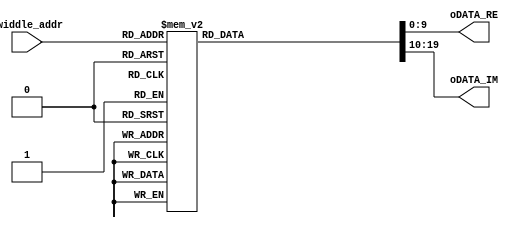
//********************************************************************************************************
//
//   Title             : TW_ROM
//   Related document  : TM-2008-XX-XX.hwp/doc/ppt/vsd
//   Organization      : SoC Design Lab.
//                      School of Electrics, Telecommunications and Computer Engineering (ETCE)
//                      Korea Aerospace University (KAU)
//
//   Simulator         : ModelSim SE 6.1f
//   Synthesizer       : Synopsys
//   related document  : xxx.vsd
//   function		   :
//
//   Created date      : 2010-11-14
//   Last updated date : 2009-11-15
//   Update notice     : {date} - {comments}
//
//   Version           : Ver0.0
//
//********************************************************************************************************/
// Updated by Kim Kyeong-min
// From 8-point to 16-point
//********************************************************************************************************/

`timescale 1 ns / 100 ps

module TW_ROM(twiddle_addr,
              oDATA_RE,
              oDATA_IM);
    
    parameter WL = 10;
    parameter WN = 3;
    
    parameter paraP0000 = 10'b0000000000; // 0.0000 = sin(0) = sin(pi) = cos(pi/2)
    parameter paraP3827 = 10'b0011000100; // 0.3827 = sin(pi/8) = sin(7pi/8) = cos(3pi/8)
    parameter paraN3827 = 10'b1100111100; // -0.3827 = cos(5pi/8)
    parameter paraP7071 = 10'b0101101010; // 0.7071 = sin(pi/4) = cos(pi/4)
    parameter paraN7071 = 10'b1010010110; // -0.7071 = cos(3pi/4)
    parameter paraP9239 = 10'b0111011001; // 0.9239 = sin(3pi/8) = sin(5pi/8) = cos(pi/8)
    parameter paraN9239 = 10'b1000100110; // -0.9239 = cos(7pi/8)
    parameter paraP1000 = 10'b0111111111; // 1.0000 = sin(pi/2) = cos(0)
    parameter paraN1000 = 10'b1000000001; // -1.0000 = cos(pi)
    
    input		[WN-1:0]		twiddle_addr;
    output		[WL-1:0] 		oDATA_RE;
    output  	[WL-1:0] 		oDATA_IM;
    
    reg			[WL-1:0]		oDATA_RE;
    reg			[WL-1:0]		oDATA_IM;
    
    always @(twiddle_addr)
    begin
        case(twiddle_addr)	// Q(10,9)
            'd00:
            begin
                oDATA_RE <= #1 paraP1000;
                oDATA_IM <= #1 paraP0000;
            end
            'd01:
            begin
                oDATA_RE <= #1 paraP9239;
                oDATA_IM <= #1 paraN3827;
            end
            'd02:
            begin
                oDATA_RE <= #1 paraP7071;
                oDATA_IM <= #1 paraN7071;
            end
            'd03:
            begin
                oDATA_RE <= #1 paraP3827;
                oDATA_IM <= #1 paraN9239;
            end
            'd04:
            begin
                oDATA_RE <= #1 paraP0000;
                oDATA_IM <= #1 paraN1000;
            end
            'd05:
            begin
                oDATA_RE <= #1 paraN3827;
                oDATA_IM <= #1 paraN9239;
            end
            'd06:
            begin
                oDATA_RE <= #1 paraN7071;
                oDATA_IM <= #1 paraN7071;
            end
            'd07:
            begin
                oDATA_RE <= #1 paraN9239;
                oDATA_IM <= #1 paraN3827;
            end
            default:
            begin
                oDATA_RE <= #1 10'b0100000000;
                oDATA_IM <= #1 10'b0000000000;
            end
        endcase
    end
    
endmodule